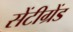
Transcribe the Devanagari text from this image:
सेंटीग्रेंड